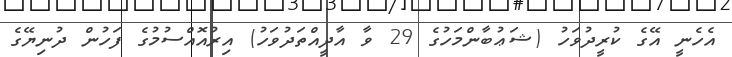
އެހެނީ އޭގެ ކުރީދުވަހު (ޝަޢުބާންމަހުގެ 29 ވާ އާދީއްތަދުވަހު) އިރުއޮއްސުމުގެ ފަހުން ދުނިޔޭގެ